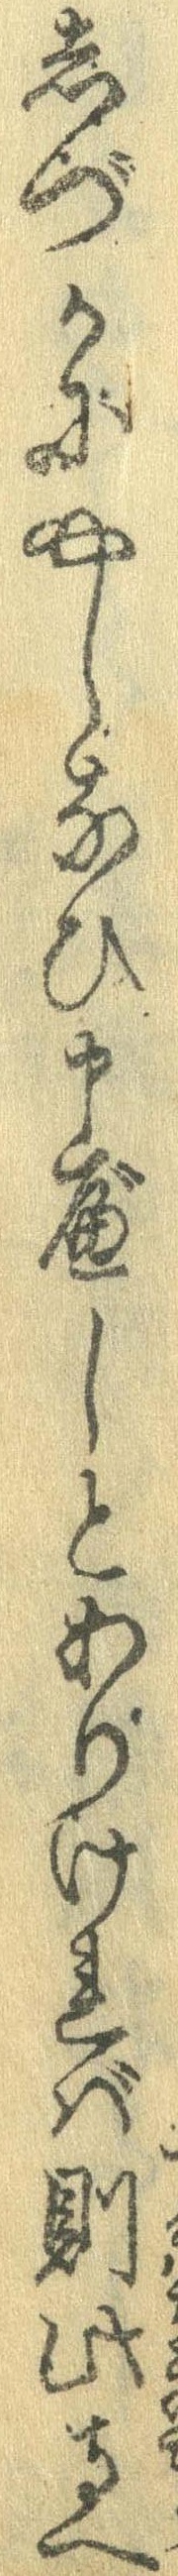
しづかにやしなひ申べしとありければ則此寺へ